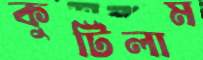
কুটিলাম